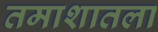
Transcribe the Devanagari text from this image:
तमाशातला